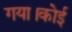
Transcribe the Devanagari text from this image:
गया।कोई